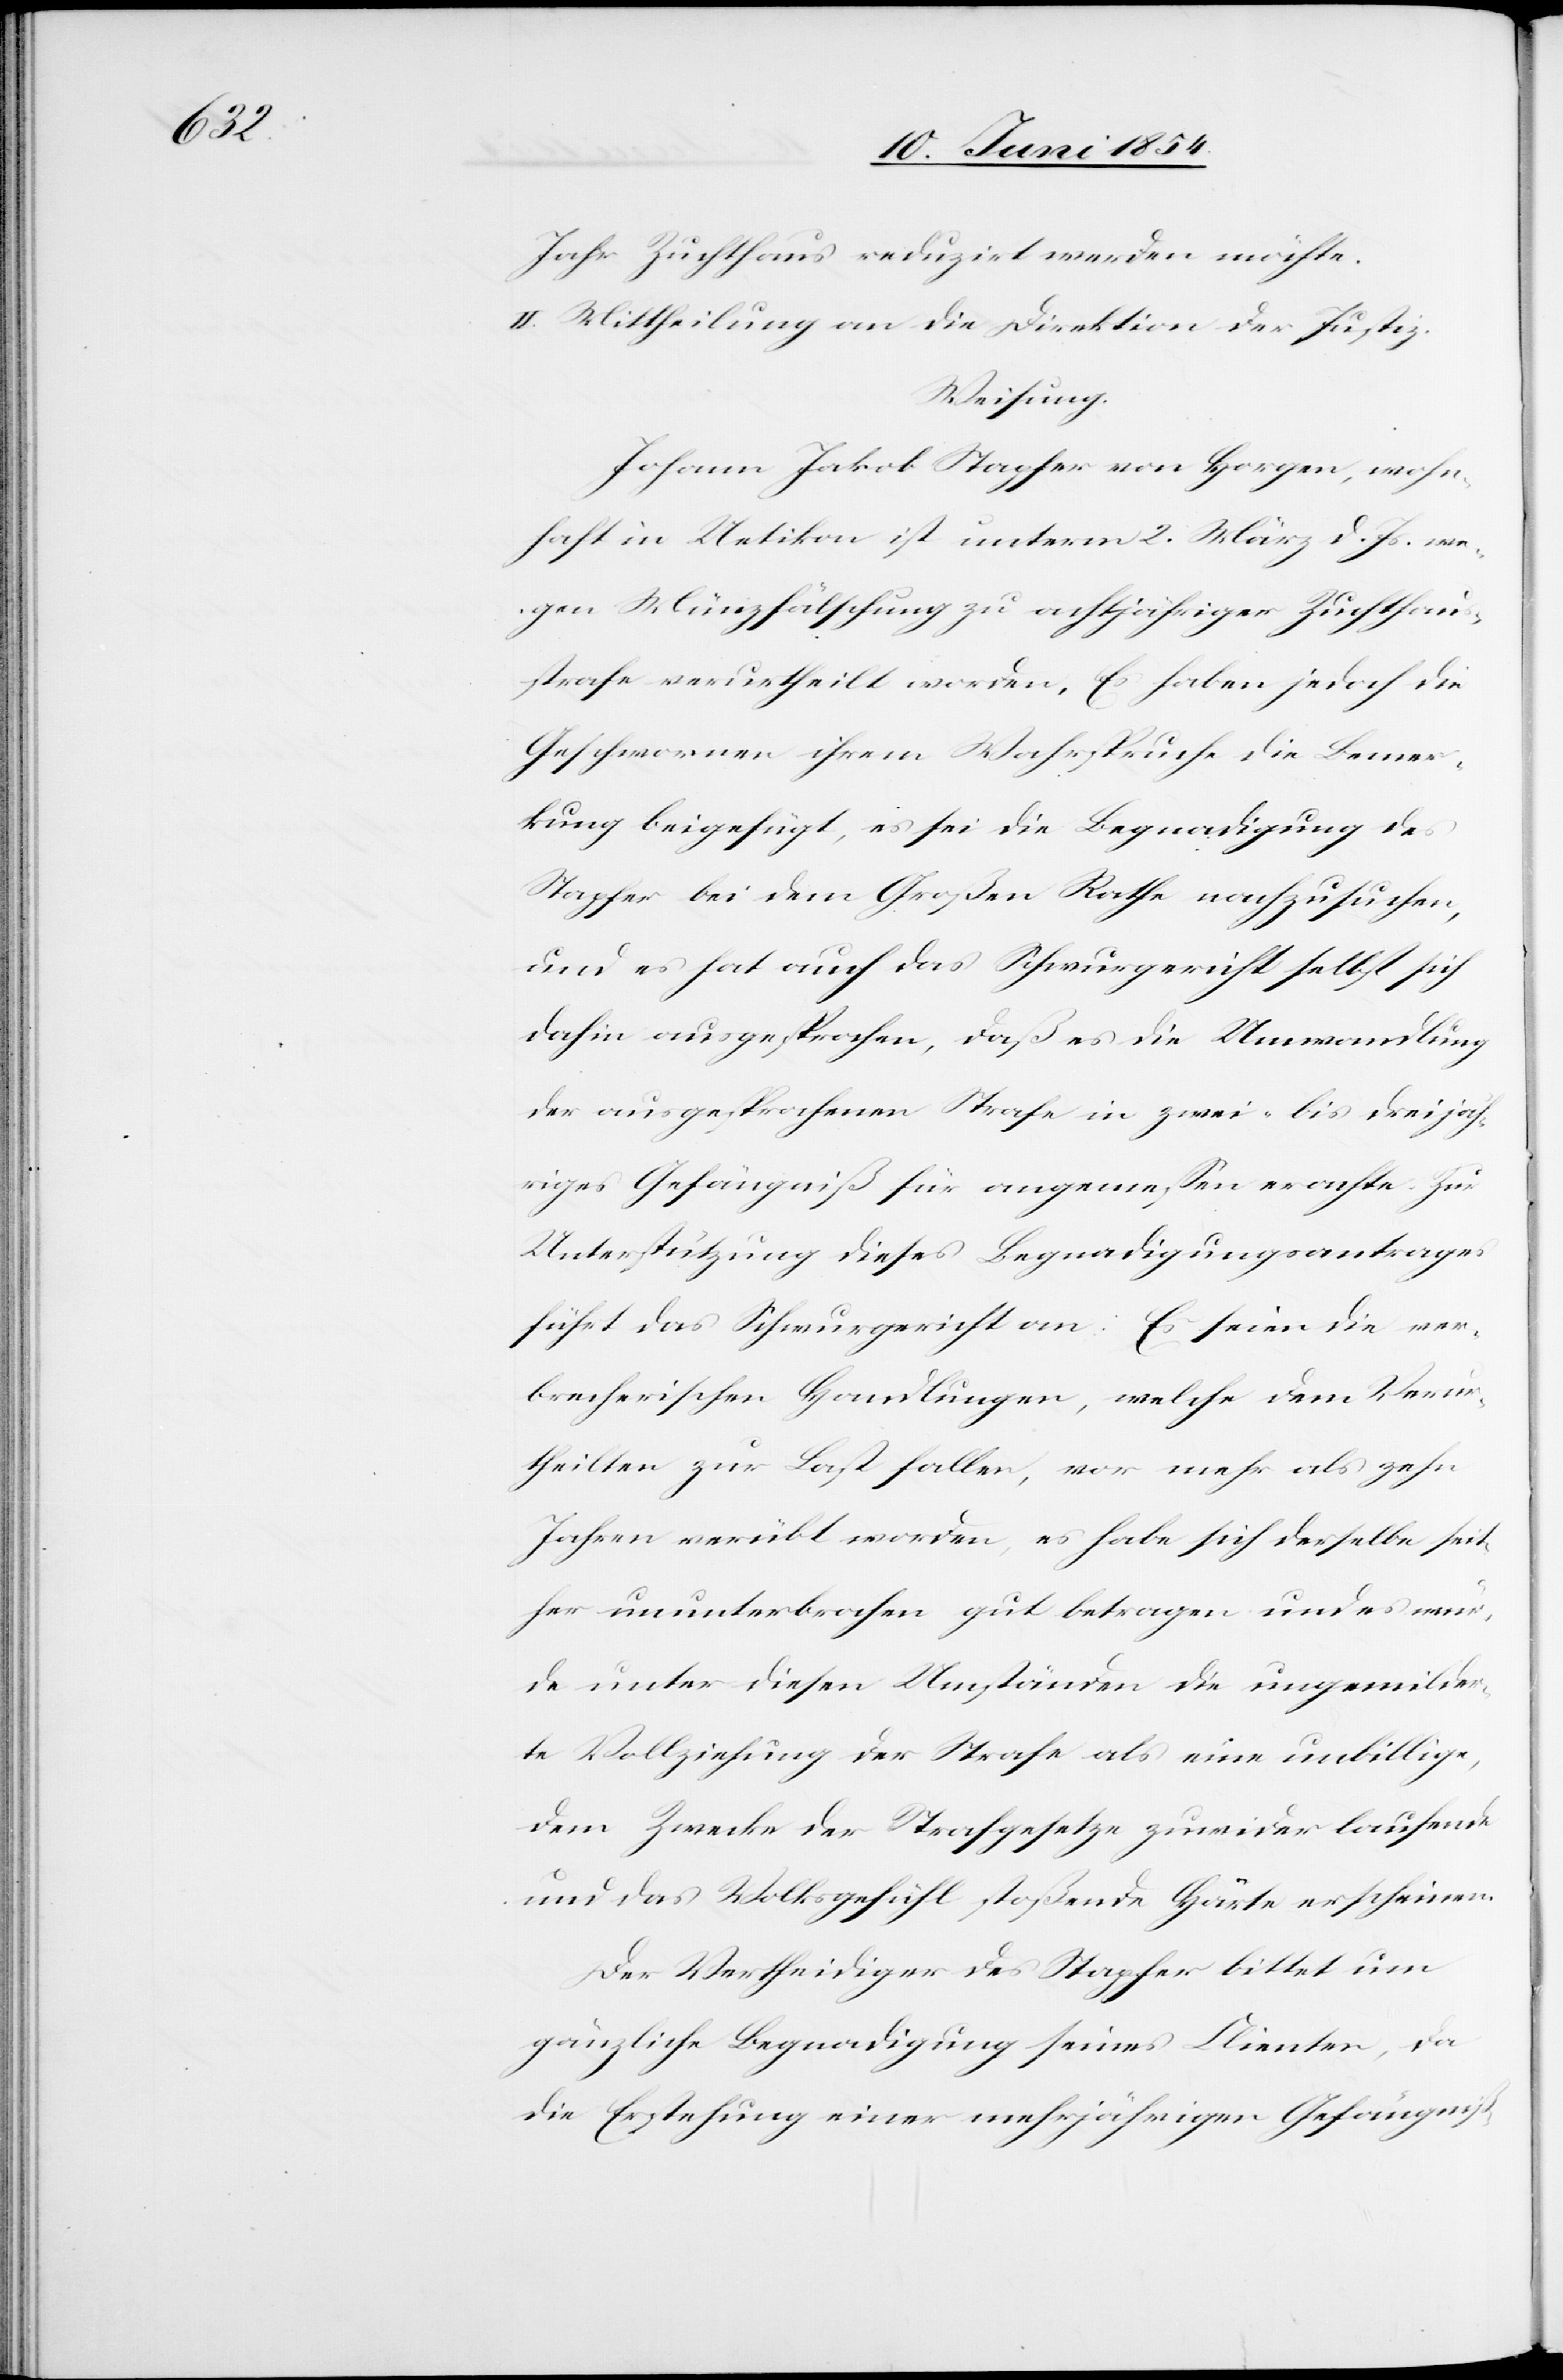
Jahr Zuchthaus reduzirt werden möchte.
II. Mittheilung an die Direktion der Justiz.
Weisung.
Johann Jakob Stapfer von Horgen, wohn¬
haft in Uetikon ist unterm 2. März d. Js. we¬
gen Münzfälschung zu achtjähriger Zuchthau¬
sstrafe verurtheilt worden. Es haben jedoch die
Geschwornen ihrem Wahrspruche die Bemer¬
kung beigefügt, es sei die Begnadigung des
Stapfer bei dem Großen Rathe nachzusuchen,
und es hat auch das Schwurgericht selbst sich
dahin ausgesprochen, daß es die Umwandlung
der ausgesprochenen Strafe in zwei- bis dreijäh¬
riges Gefängniß für angemeßen erachte. Zur
Unterstützung dieses Begnadigungsantrages
führt das Schwurgericht an: Es seien die ver¬
brecherischen Handlungen, welche dem Verur¬
theilten zur Last fallen, vor mehr als zehn
Jahren verübt worden, es habe sich derselbe seit¬
her ununterbrochen gut betragen und es wür¬
de unter diesen Umständen die ungemilder¬
te Vollziehung der Strafe als eine unbillige,
dem Zwecke der Strafgesetze zuwider laufende
und das Volksgefühl stoßende Härte erscheinen.
Der Vertheidiger des Stapfer bittet um
gänzliche Begnadigung seines Clienten, da
die Erstehung einer mehrjährigen Gefängniß-